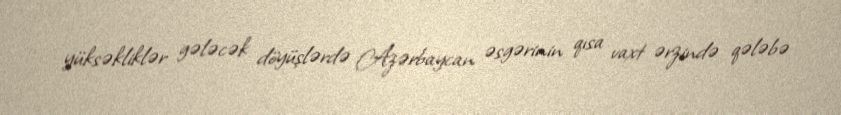
yüksəkliklər gələcək döyüşlərdə Azərbaycan əsgərinin qısa vaxt ərzində qələbə